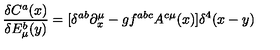
\frac { \delta C ^ { a } ( x ) } { \delta E _ { \mu } ^ { b } ( y ) } = [ \delta ^ { a b } \partial _ { x } ^ { \mu } - g f ^ { a b c } A ^ { c \mu } ( x ) ] \delta ^ { 4 } ( x - y )